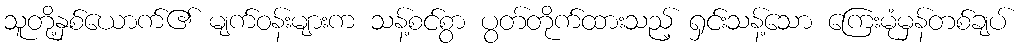
သူတို့နှစ်ယောက်၏ မျက်ဝန်းများက သန့်စင်စွာ ပွတ်တိုက်ထားသည့် ရှင်းသန့်သော ကြေးမုံမှန်တစ်ချပ်